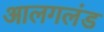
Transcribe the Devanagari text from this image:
आलगलंड